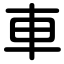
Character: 車